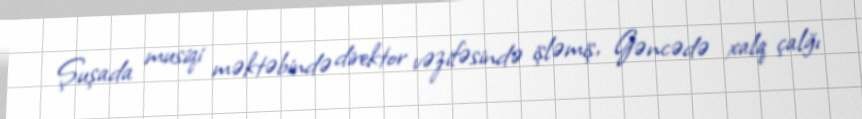
Şuşada musiqi məktəbində direktor vəzifəsində işləmiş, Gəncədə xalq çalğı